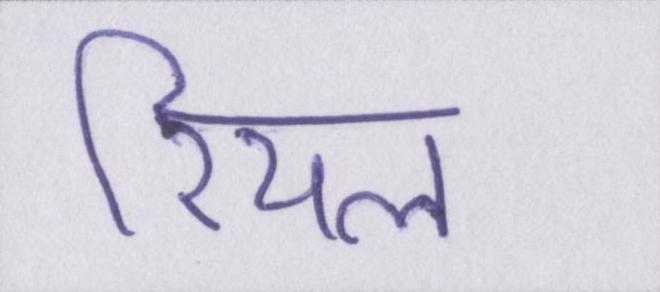
रियल